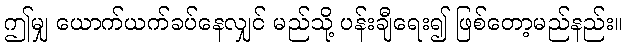
ဤမျှ ယောက်ယက်ခပ်နေလျှင် မည်သို့ ပန်းချီရေး၍ ဖြစ်တော့မည်နည်း။